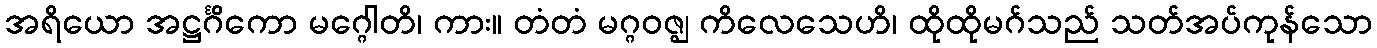
အရိယော အဋ္ဌင်္ဂိကော မဂ္ဂေါတိ၊ ကား။ တံတံ မဂ္ဂဝဇ္ဈ ကိလေသေဟိ၊ ထိုထိုမဂ်သည် သတ်အပ်ကုန်သော